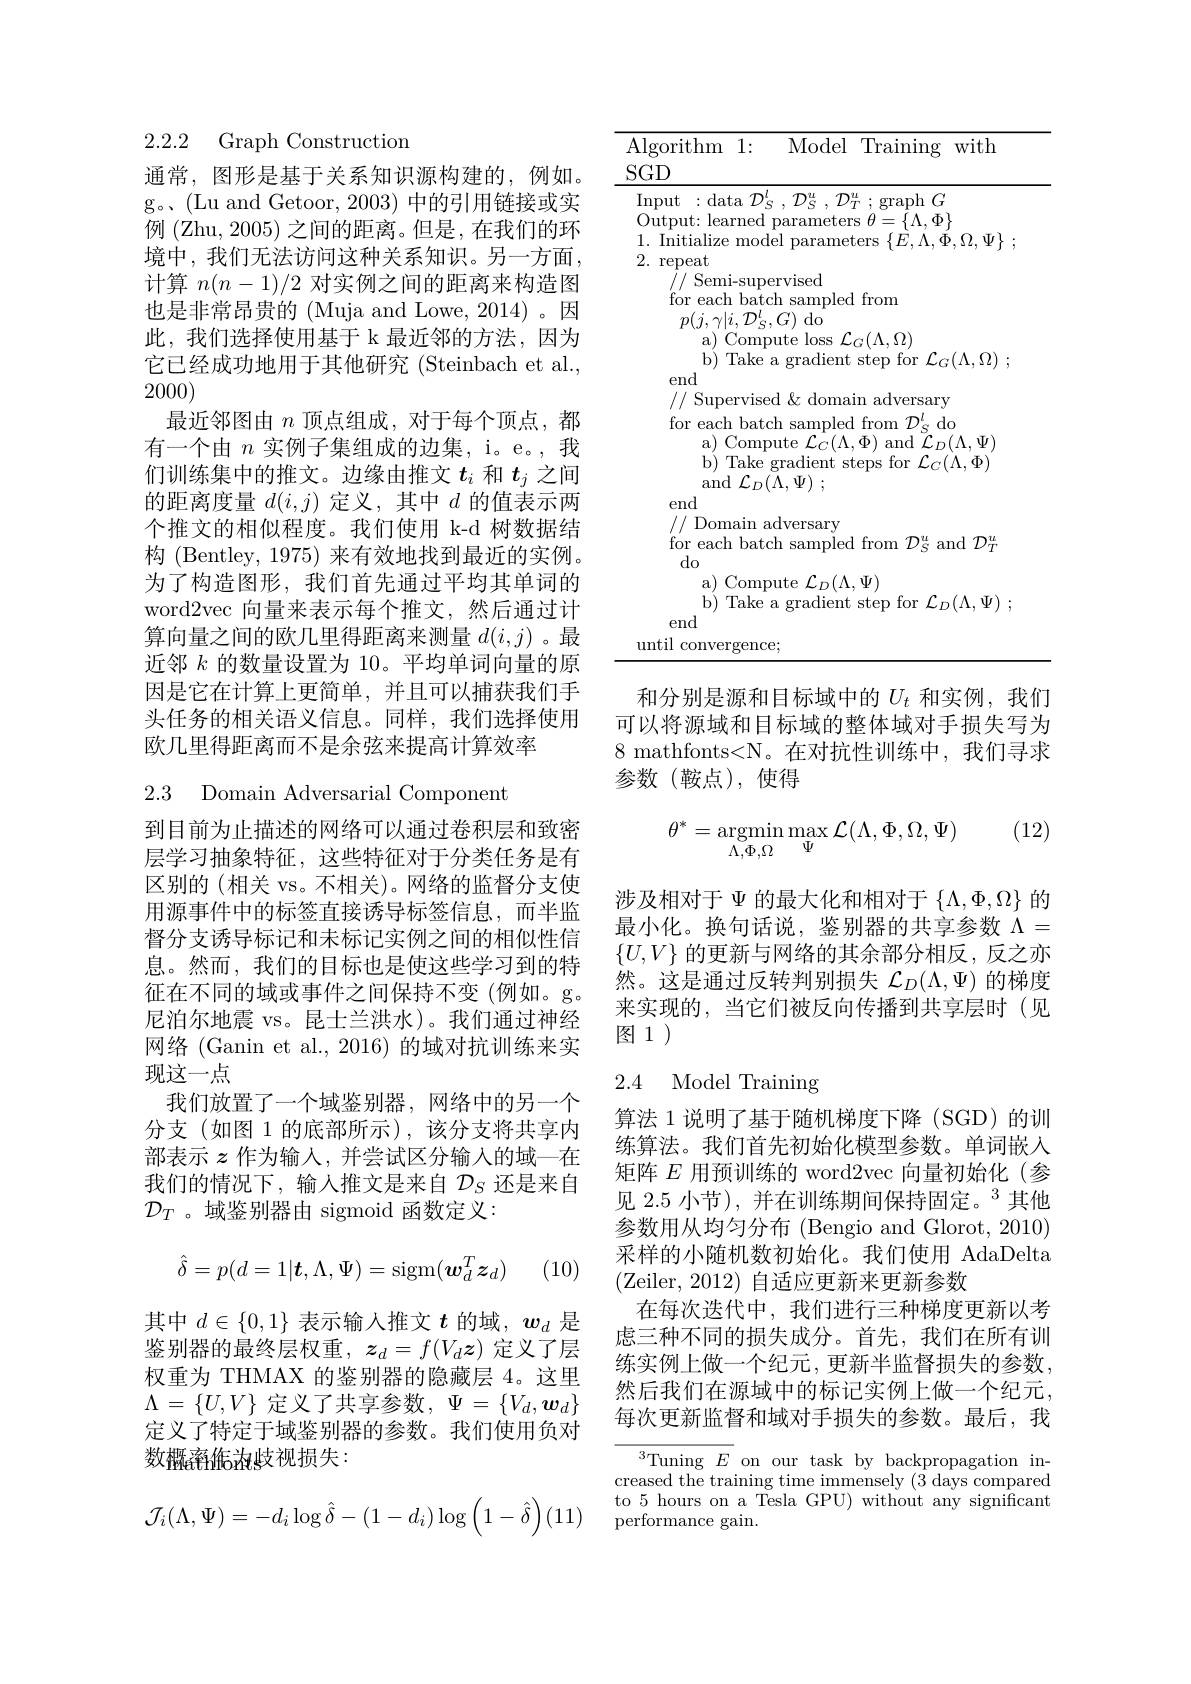
### 2.2.2 Graph Construction

通常，图形是基于关系知识源构建的，例如。g。(Lu and Getoor, 2003) 中的引用链接或实例 (Zhu, 2005) 之间的距离。但是，在我们的环境中，我们无法访问这种关系知识。另一方面， 计算$n(n-1)/2$对实例之间的距离来构造图也是非常昂贵的 (Muja and Lowe,2014)。因此，我们选择使用基于 k 最近邻的方法，因为它已经成功地用于其他研究(Steinbach et al., 2000)
最近邻图由$n$顶点组成，对于每个顶点，都有一个由$n$实例子集组成的边集，i。e。,我们训练集中的推文。边缘由推文$t_i$和$t_j$之间的距离度量$d(i,j)$定义，其中$d$的值表示两个推文的相似程度。我们使用 k-d 树数据结构 (Bentley, 1975) 来有效地找到最近的实例。为了构造图形，我们首先通过平均其单词的word2vec 向量来表示每个推文，然后通过计算向量之间的欧几里得距离来测量$d(i,j)$ 。最近邻$k$的数量设置为 10。平均单词向量的原因是它在计算上更简单，并且可以捕获我们手头任务的相关语义信息。同样，我们选择使用欧几里得距离而不是余弦来提高计算效率

2.3 Domain Adversarial Component

到目前为止描述的网络可以通过卷积层和致密层学习抽象特征，这些特征对于分类任务是有区别的(相关 vs。不相关)。网络的监督分支使用源事件中的标签直接诱导标签信息，而半监督分支诱导标记和未标记实例之间的相似性信息。然而，我们的目标也是使这些学习到的特征在不同的域或事件之间保持不变(例如。g。尼泊尔地震 vs。昆士兰洪水)。我们通过神经网络(Ganin et al.,2016)的域对抗训练来实现这一点
我们放置了一个域鉴别器，网络中的另一个分支(如图 1 的底部所示),该分支将共享内部表示$z$作为输入，并尝试区分输入的域一在我们的情况下，输入推文是来自$\mathcal{D}_S$还是来自$\mathcal{D}_T$ 。域鉴别器由 sigmoid 函数定义：
$$\hat\delta=p(d=1|\boldsymbol{t},\Lambda,\Psi)=\mathrm{sigm}(\boldsymbol{w}_d^T\boldsymbol{z}_d)$$
(10)

其中$d\in\{0,1\}$表示输人推文$t$的域，$w_d$是鉴别器的最终层权重，$z_d=f(V_d\boldsymbol{z})$定义了层权重为 THMAX 的鉴别器的隐藏层 4。这里$\Lambda=\{U,V\}$ 定义了共享参数$,\Psi=\{V_d,\boldsymbol{w}_d\}$ 定义了特定于域鉴别器的参数。我们使用负对数概离临的战视损失：
$$\mathcal{J}_i(\Lambda,\Psi)=-d_i\log\hat\delta-(1-d_i)\log\left(1-\hat\delta\right)($$
<table>
	<tbody>
		<tr>
			<th>$\operatorname{Algorithm}$ 1: $5GD$</th>
			<th>orithm 1: Model l Training with</th>
		</tr>
		<tr>
			<td>1.1.1 Initialize mod</td>
			<td>Initialize $H,A$ $\Lambda L.$</td>
		</tr>
		<tr>
			<td>EIU /// $\operatorname{Supervise}$ for each $1bat\iota$ ComF $a.$ 1 $b)$ Take</td>
			<td>EIIU // Supervised & domain adversary for each batch sampled from $\mathcal{D}_S^l$ do a) Compute $\mathcal{L}_{C}(\Lambda,\Phi)$ and $\mathcal{L}_{D}(\Lambda,\Psi)$ b) Take gradient steps for $\mathcal{L}_C(\Lambda,\Phi)$ $\Pi_{1}$</td>
		</tr>
	</tbody>
</table>

和分别是源和目标域中的$U_t$和实例，我们可以将源域和目标域的整体域对手损失写为8 mathfonts<N。在对抗性训练中，我们寻求参数(鞍点),使得

(12)
$$\theta^*=\mathop{\mathrm{argmin}}\limits_{\Lambda,\Phi,\Omega}\max\limits_{\Psi}\mathcal{L}(\Lambda,\Phi,\Omega,\Psi)$$
涉及相对于$\Psi$的最大化和相对于$\left\{\Lambda,\Phi,\Omega\right\}$的最小化。换句话说，鉴别器的共享参数$\Lambda=$ $\{U,V\}$的更新与网络的其余部分相反，反之亦然。这是通过反转判别损失$\mathcal{L}_D(\Lambda,\Psi)$的梯度来实现的，当它们被反向传播到共享层时(见图1)

## 2.4 Model Training

算法 1 说明了基于随机梯度下降 (SGD)的训练算法。我们首先初始化模型参数。单词嵌入矩阵$E$用预训练的 word2vec 向量初始化(参见 2.5 小节), 并在训练期间保持固定。$^{3}$其他参数用从均匀分布 (Bengio and Glorot, 2010) 采样的小随机数初始化。我们使用 AdaDelta (Zeiler, 2012) 自适应更新来更新参数
在每次迭代中，我们进行三种梯度更新以考虑三种不同的损失成分。首先，我们在所有训练实例上做一个纪元，更新半监督损失的参数， 然后我们在源域中的标记实例上做一个纪元， 每次更新监督和域对手损失的参数。最后，我

${^{3}\text{Tuning }E}$on our task by backpropagation increased the training time immensely (3 days compared to 5 hours on a Tesla GPU) without any significant performance gain.